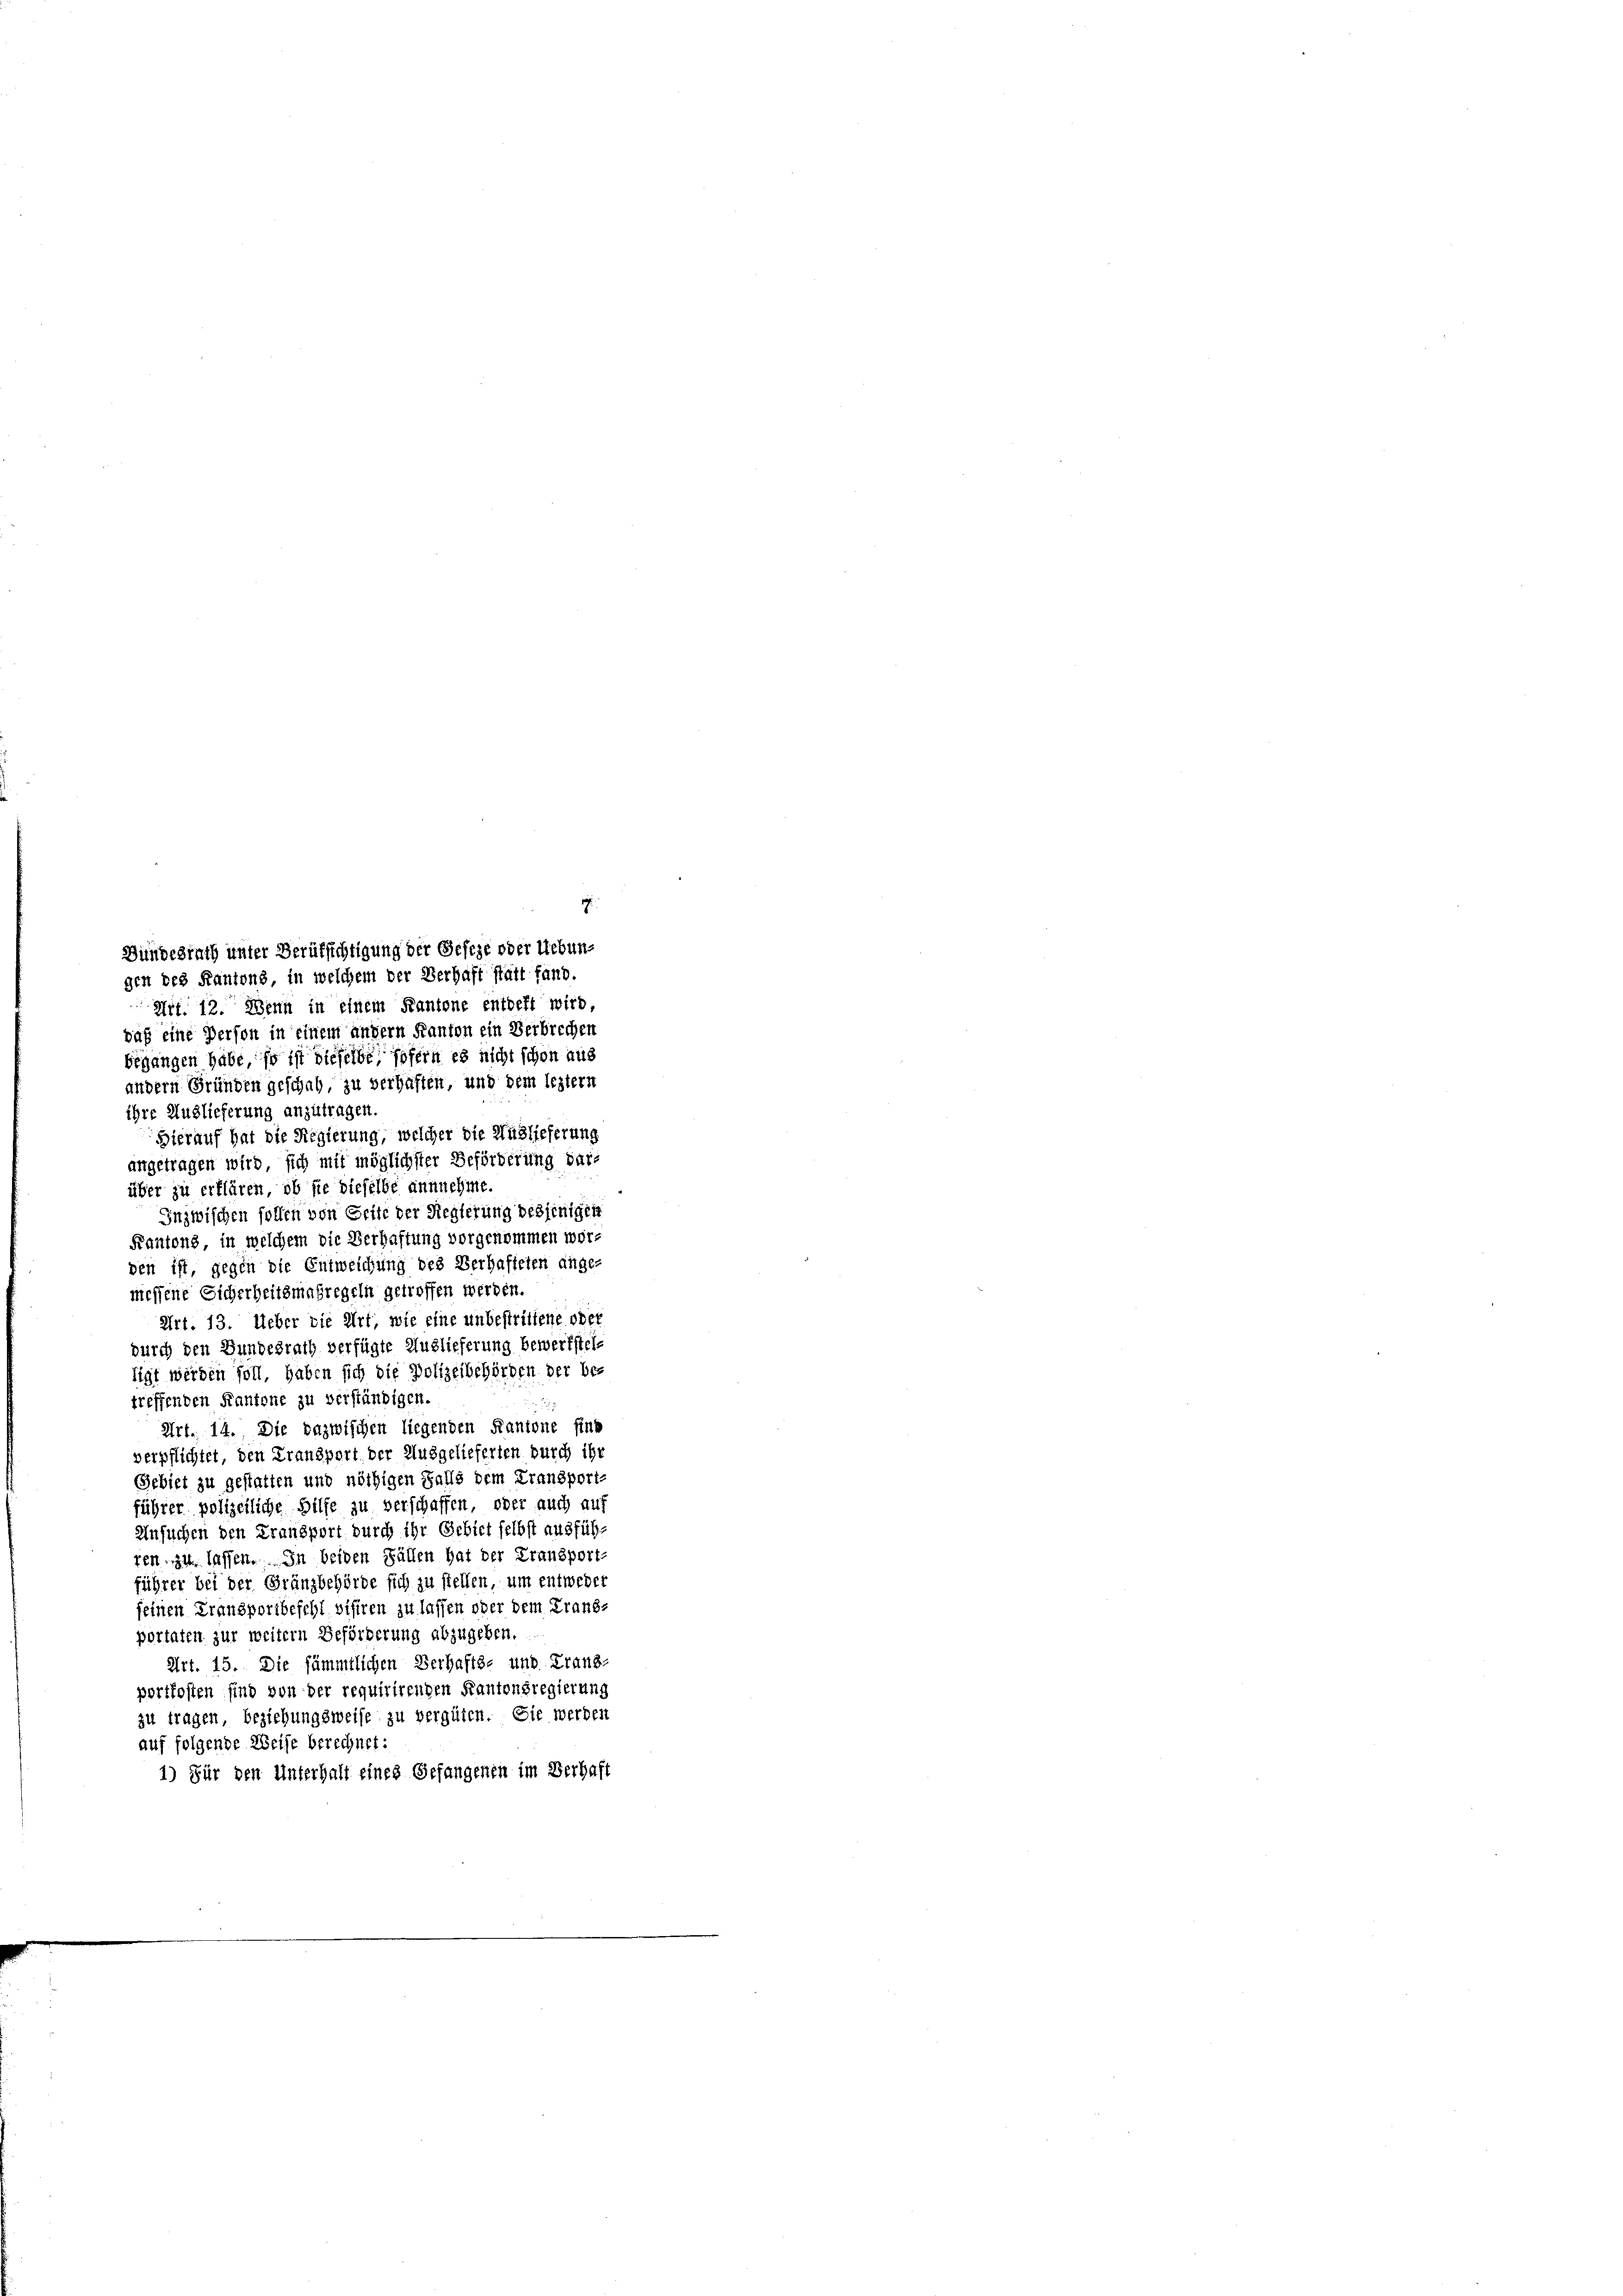
gen des Kantons, in welchem der Verhaft statt fand,
Nr. 12. Wenn in einem Kantone entbeft wird,
daß eine Person in einem andern Kanton ein Verbrechen
begangen habe so ist dieselbe, sofern es nicht schon aus
andern Gründen geschah, zu verhaften, und dem leztern
ihre Auslieferung anzutragen.
Hierauf hat die Regierung, welcher die Auslieferung
angetragen wird sich mit möglichster Beförderung darüber zu erklären, ob sie dieselbe annnehme.
Inzwischen sollen von Seite der Regierung desjeniger
Kantons, in welchem die Verhaftung vorgenommen worden ist, gegen die Entweichung des Verhafteten ange-
messene Sicherheitsmaßregeln getroffen werden.
Art. 13. Ueber die Art, wie eine unbestrittene oder
durch den Bundesrath verfügte Auslieferung bewerkstel
sigt werden soll, haben sich die Polizeibehörden der bes
treffenden Kantone zu verständigen.
30.
Art. 14. Die dazwischen liegenden Kantone fins
verpflichtet, den Fransport der Ausgelieferten durch ihr
Gebiet zu gestatten und nöthigen Falls dem Transport-
führer polizeiliche Hilfe zu verschaffen, oder auch auf
Ansuchen den Fransport durch ihr Gebiet selbst ausführ-
ren zu lassen. In beiden Fällen hat der Transport-
führer bei der Gränzbehörde sich zu stellen, um entweder
seinen Fransportbefehl visiren zu lassen oder dem Franz-
portaten zur weitern Beförderung abzugeben.
Art. 15. Die sämmtlichen Verhafts- und Franz-
portkosten sind von der requirirenden Kantonsregierung
zu tragen, beziehungsweise zu vergüten. Sie werden
auf folgende Weise berechnet:
1) Für den Unterhalt eines Gefangenen im Verhaft

Bundesrath unter Berufsichtigung der Geseze oder Uebun-

.